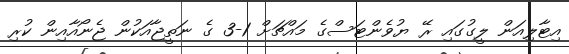
އިޓާލިއަން ލީގުގައި ރޭ ޔުވެންޓަސްގެ މައްޗަށް 1-3 ގެ ނަތީޖާއަކުން ޖެނޯއާއިން ކުރި